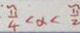
\frac { \pi } { 4 } < \alpha < \frac { \pi } { 2 }